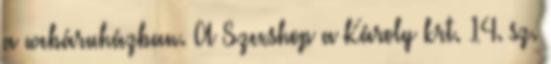
a webáruházban. A Szexshop a Károly krt. 14. sz.